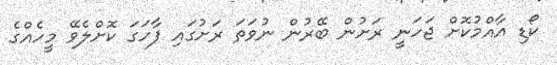
ކޯޑި އާއްމުކޮށް ޖަހަނީ ރަށުން ބޭރުން ނުވަތަ ރަށުގައި ފާހަގަ ކޮށްލެވޭ މީހެއްގެ